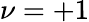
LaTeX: \nu=+1